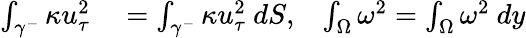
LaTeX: \begin{array}{rlr}{\int_{\gamma^{-}}\kappa u_{\tau}^{2}}&{{}=\int_{\gamma^{-}}\kappa u_{\tau}^{2}\ dS,}&{\int_{\Omega}\omega^{2}=\int_{\Omega}\omega^{2}\ dy}\end{array}